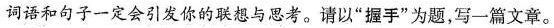
词语和句子一定会引发你的联想与思考。请以”握手”为题，写一篇文章。